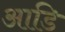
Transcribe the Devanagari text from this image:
आडि